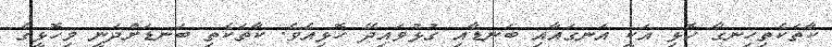
ކާތަކެތިހިނގާ ހޮޅި އަކީ އަނގައާއި ބަނޑާއި ގުޅުވައިދޭ ހޮޅިއެވެ. ކާތަކެތި ބަނޑަށްދަނީ މިހޮޅީގެ